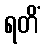
ရတိံ